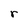
Character: r